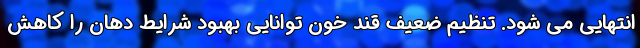
انتهایی می شود. تنظیم ضعیف قند خون توانایی بهبود شرایط دهان را کاهش